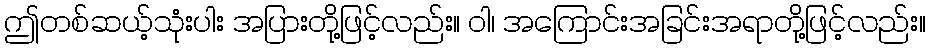
ဤတစ်ဆယ့်သုံးပါး အပြားတို့ဖြင့်လည်း။ ဝါ၊ အကြောင်းအခြင်းအရာတို့ဖြင့်လည်း။